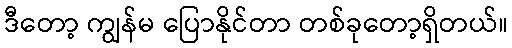
ဒီတော့ ကျွန်မ ပြောနိုင်တာ တစ်ခုတော့ရှိတယ်။